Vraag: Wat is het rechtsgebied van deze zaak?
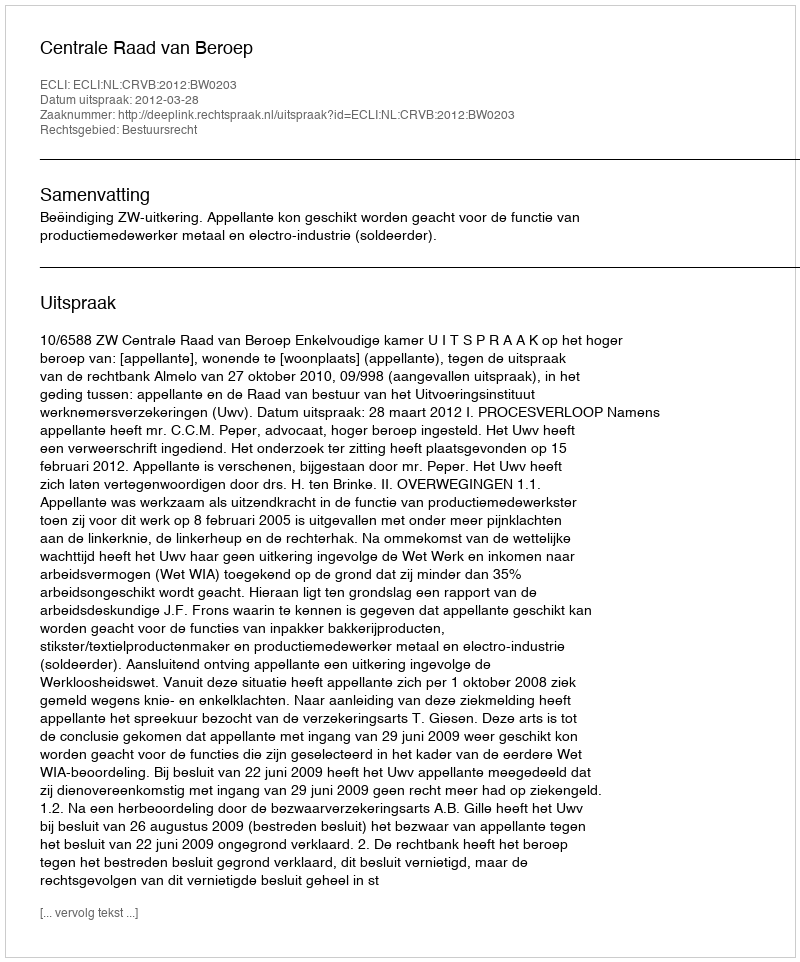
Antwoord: Bestuursrecht